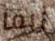
ربما